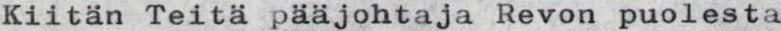
Kiitän Teitä pääjohtaja Revon puolesta